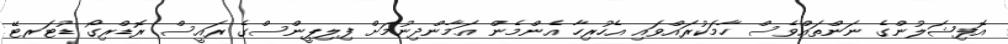
އޮފިޝަލުންގެ ނަންތައްވެސް ހާމަކުރައްވައި އެހުރިހާ އެންމެން އަމާންދިނުމަށް ފިލިޕީންސްގެ ރައީސް ރޮޑްރިގޯ ޑުޓަރޓޭ